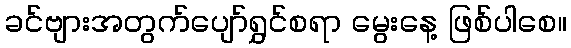
ခင်ဗျားအတွက်ပျော်ရွှင်စရာ မွေးနေ့ ဖြစ်ပါစေ။